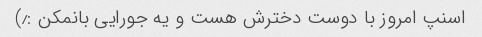
اسنپ امروز با دوست دخترش هست و یه جورایی بانمکن :٫)